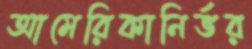
আমেরিকানির্ভর